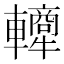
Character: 𬧿